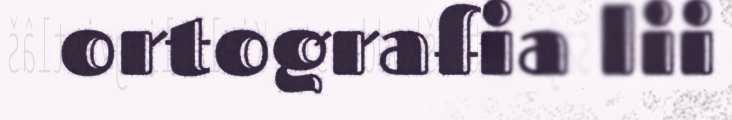
ortografia lii